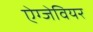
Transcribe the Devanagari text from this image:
ऐग्जेवियर